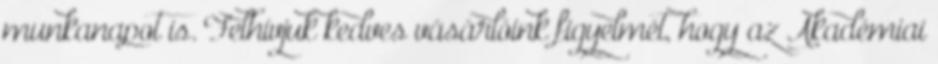
munkanapot is. Felhívjuk kedves vásárlóink figyelmét, hogy az Akadémiai